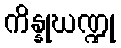
ကိန္နုဃဏ္ဍု